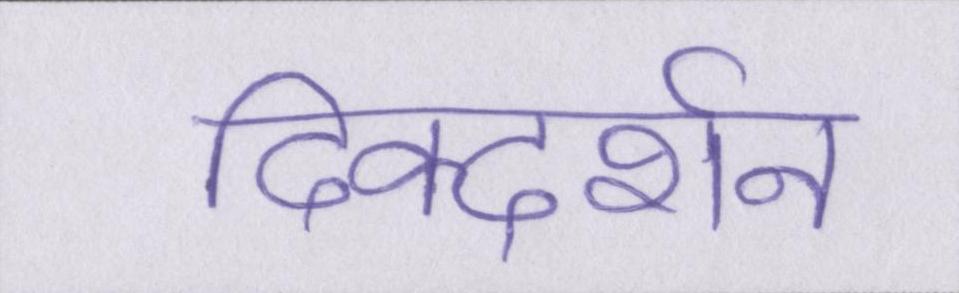
दिक्दर्शन